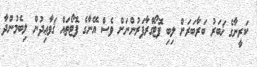
ކަރީނާގެ ޚަބަރު ބަރާބަރަށް ލިބި ފޮޓޯގްރާފަރުންނަށް ވެސް އޭނާގެ ފޮޓޯތައް ޤަވާޢިދުން ލިބެމުންދާ